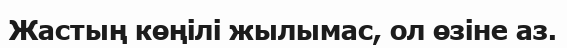
Жастың көңілі жылымас, ол өзіне аз.